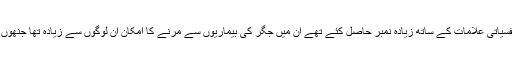
نتائج سے وضاحت ہوئی کہ انفرادی طور پر جن شرکاء نے نفسیاتی علامات کے ساتھ زیادہ نمبر حاصل کئے تھے ان میں جگر کی بیماریوں سے مرنے کا امکان ان لوگوں سے زیادہ تھا جنھوں نے پریشانی اور ڈپریشن کے لیے کم نمبر حاصل کئے تھے۔